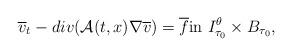
LaTeX: \begin{align*}\overline v_t - div(\mathcal{A}(t,x) \nabla \overline v) = \overline f \mbox{in } I^{\theta}_{\tau_0} \times B_{\tau_0},\end{align*}